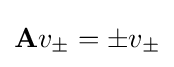
{\mathbf {A}}v_{\pm }=\pm v_{\pm }